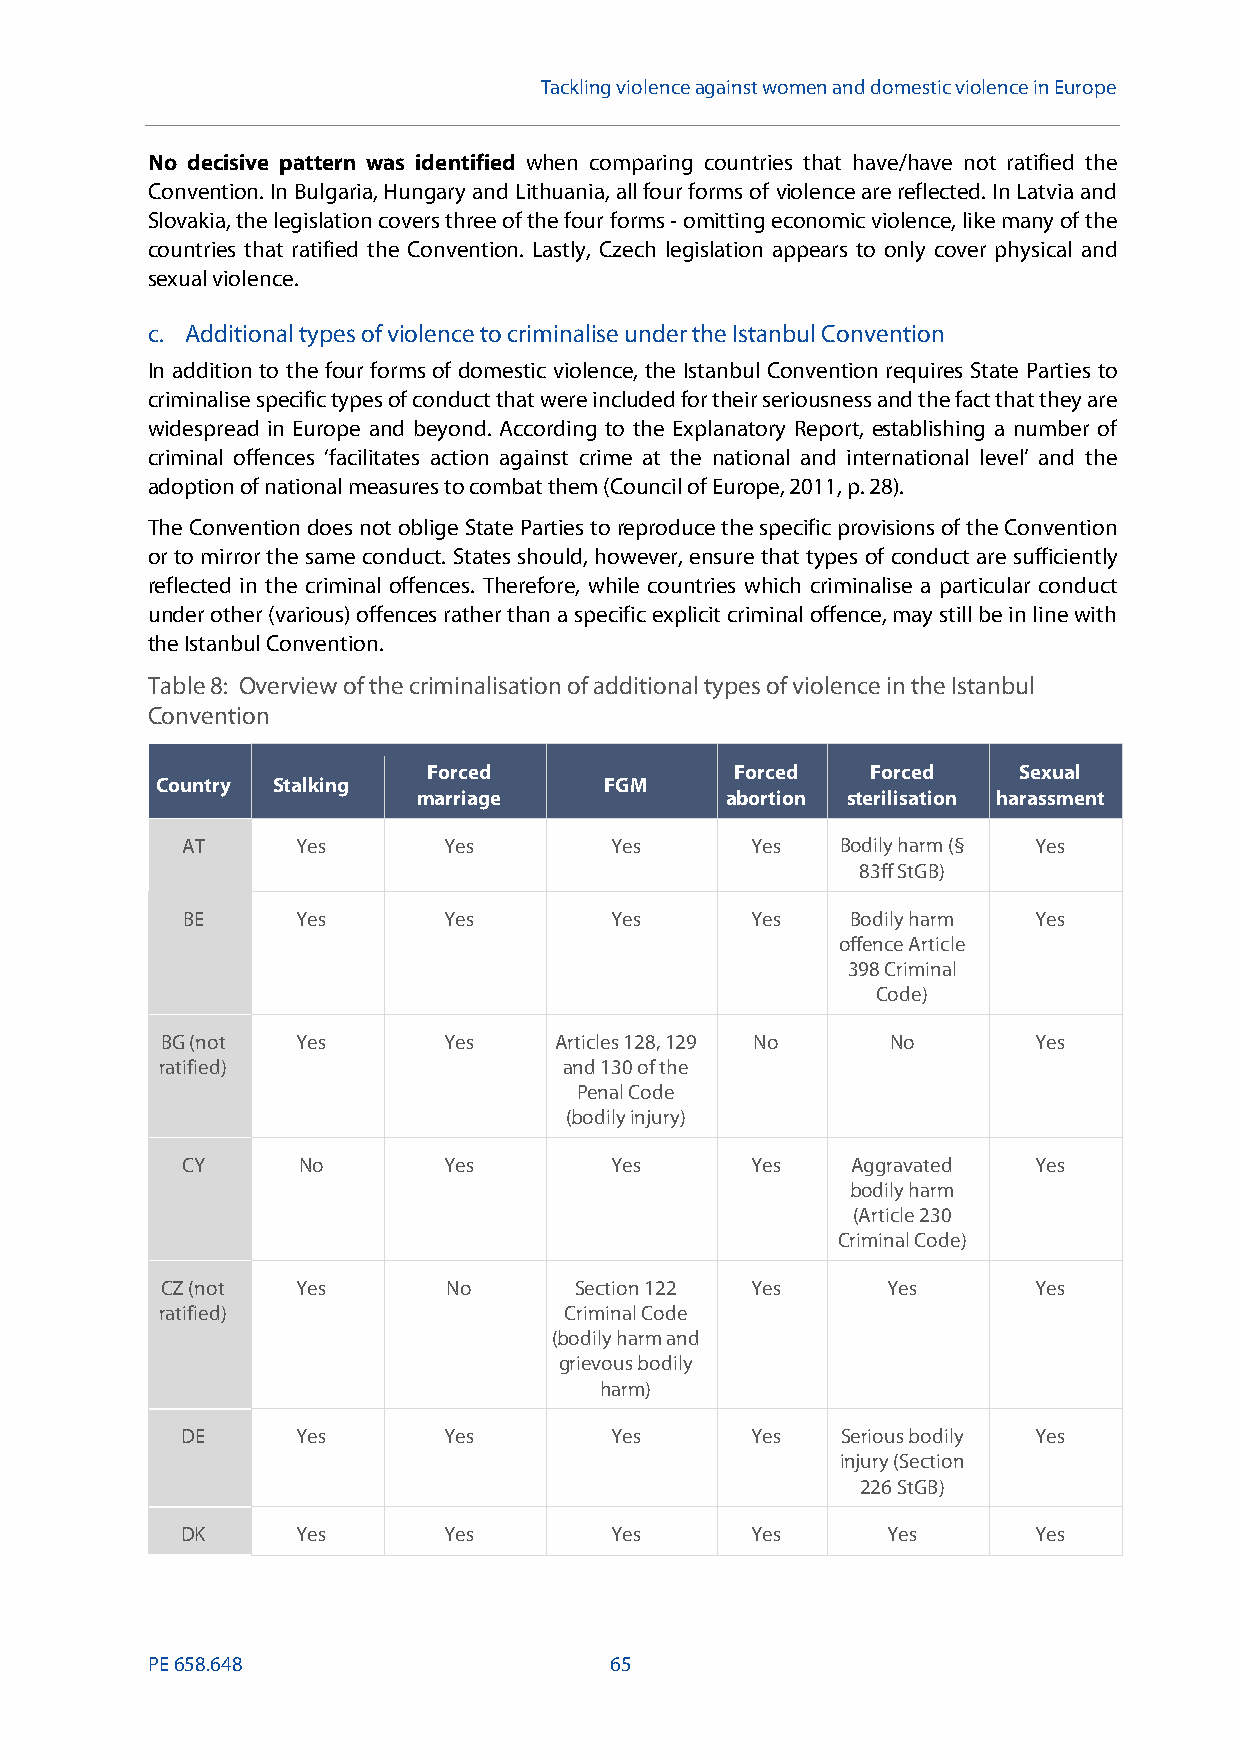
Tackling violenceagainst women and domestic violence in Europe
 No decisive pattern was identified when comparing countries that have/have not ratified the
 Convention. In Bulgaria, Hungary and Lithuania, all four forms of violence are reflected. In Latvia and
 Slovakia, the legislation covers three of the four forms-omitting economic violence, like many of the
 countries that ratified the Convention. Lastly, Czech legislation appears to only cover physical and
 sexual violence.
 c. Additional types of violence to criminalise under the Istanbul Convention
 In addition to the four forms of domestic violence, the Istanbul Convention requires State Parties to
 criminalise specific types of conduct that were included for their seriousness and the fact that they are
 widespread in Europe and beyond. According to the Explanatory Report, establishing a number of
 criminal offences ‘facilitates action against crime at the national and international level’ and the
 adoption of national measures to combat them (Council of Europe, 2011, p.28).
 The Convention does not oblige State Parties toreproduce the specific provisions of the Convention
 or to mirror the same conduct. States should, however, ensure that types of conduct are sufficiently
 reflected in the criminal offences. Therefore, while countries which criminalise a particular conduct
 under other (various) offences rather than a specific explicit criminal offence, may still be in line with
 the Istanbul Convention.
 Table8: Overview of the criminalisation of additional types of violence in the Istanbul
 Convention
 Forced               Forced   Forced   Sexual
 Country Stalking              FGM
 marriage            abortion sterilisation harassment
 AT      Yes      Yes        Yes       Yes   Bodily harm (§ Yes
 83ff StGB)
 BE      Yes      Yes        Yes       Yes   Bodily harm Yes
 offence Article
 398 Criminal
 Code)
 BG (not  Yes      Yes     Articles 128,129 No   No       Yes
 ratified)                 and 130 of the
 Penal Code
 (bodily injury)
 CY      No       Yes        Yes       Yes   Aggravated  Yes
 bodily harm
 (Article 230
 Criminal Code)
 CZ (not  Yes       No      Section 122 Yes      Yes      Yes
 ratified)                 Criminal Code
 (bodily harm and
 grievous bodily
 harm)
 DE      Yes      Yes        Yes       Yes   Serious bodily Yes
 injury (Section
 226 StGB)
 DK      Yes      Yes        Yes       Yes      Yes      Yes
 PE658.648                     65